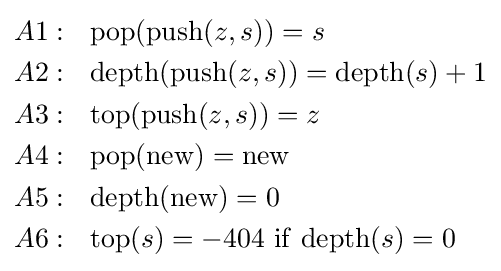
{\begin{aligned}&A1:~~{\rm {pop}}({\rm {push}}(z,s))=s\\&A2:~~{\rm {depth}}({\rm {push}}(z,s))={\rm {depth}}(s)+1\\&A3:~~{\rm {top}}({\rm {push}}(z,s))=z\\&A4:~~{\rm {pop}}({\rm {new}})={\rm {new}}\\&A5:~~{\rm {depth}}({\rm {new}})=0\\&A6:~~{\rm {top}}(s)=-404~{\rm {if~depth}}(s)=0\\\end{aligned}}